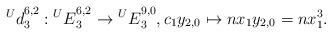
LaTeX: \begin{align*} {{^U}d}_{3}^{6,2}:{{^U}E}_{3}^{6,2}\rightarrow {{^U}E}_{3}^{9,0},c_{1}y_{2,0}\mapsto nx_{1}y_{2,0}=nx_{1}^3. \end{align*}